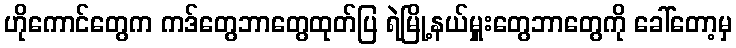
ဟိုကောင်တွေက ကဒ်တွေဘာတွေထုတ်ပြ ရဲမြို့နယ်မှူးတွေဘာတွေကို ခေါ်တော့မှ